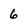
Character: 6